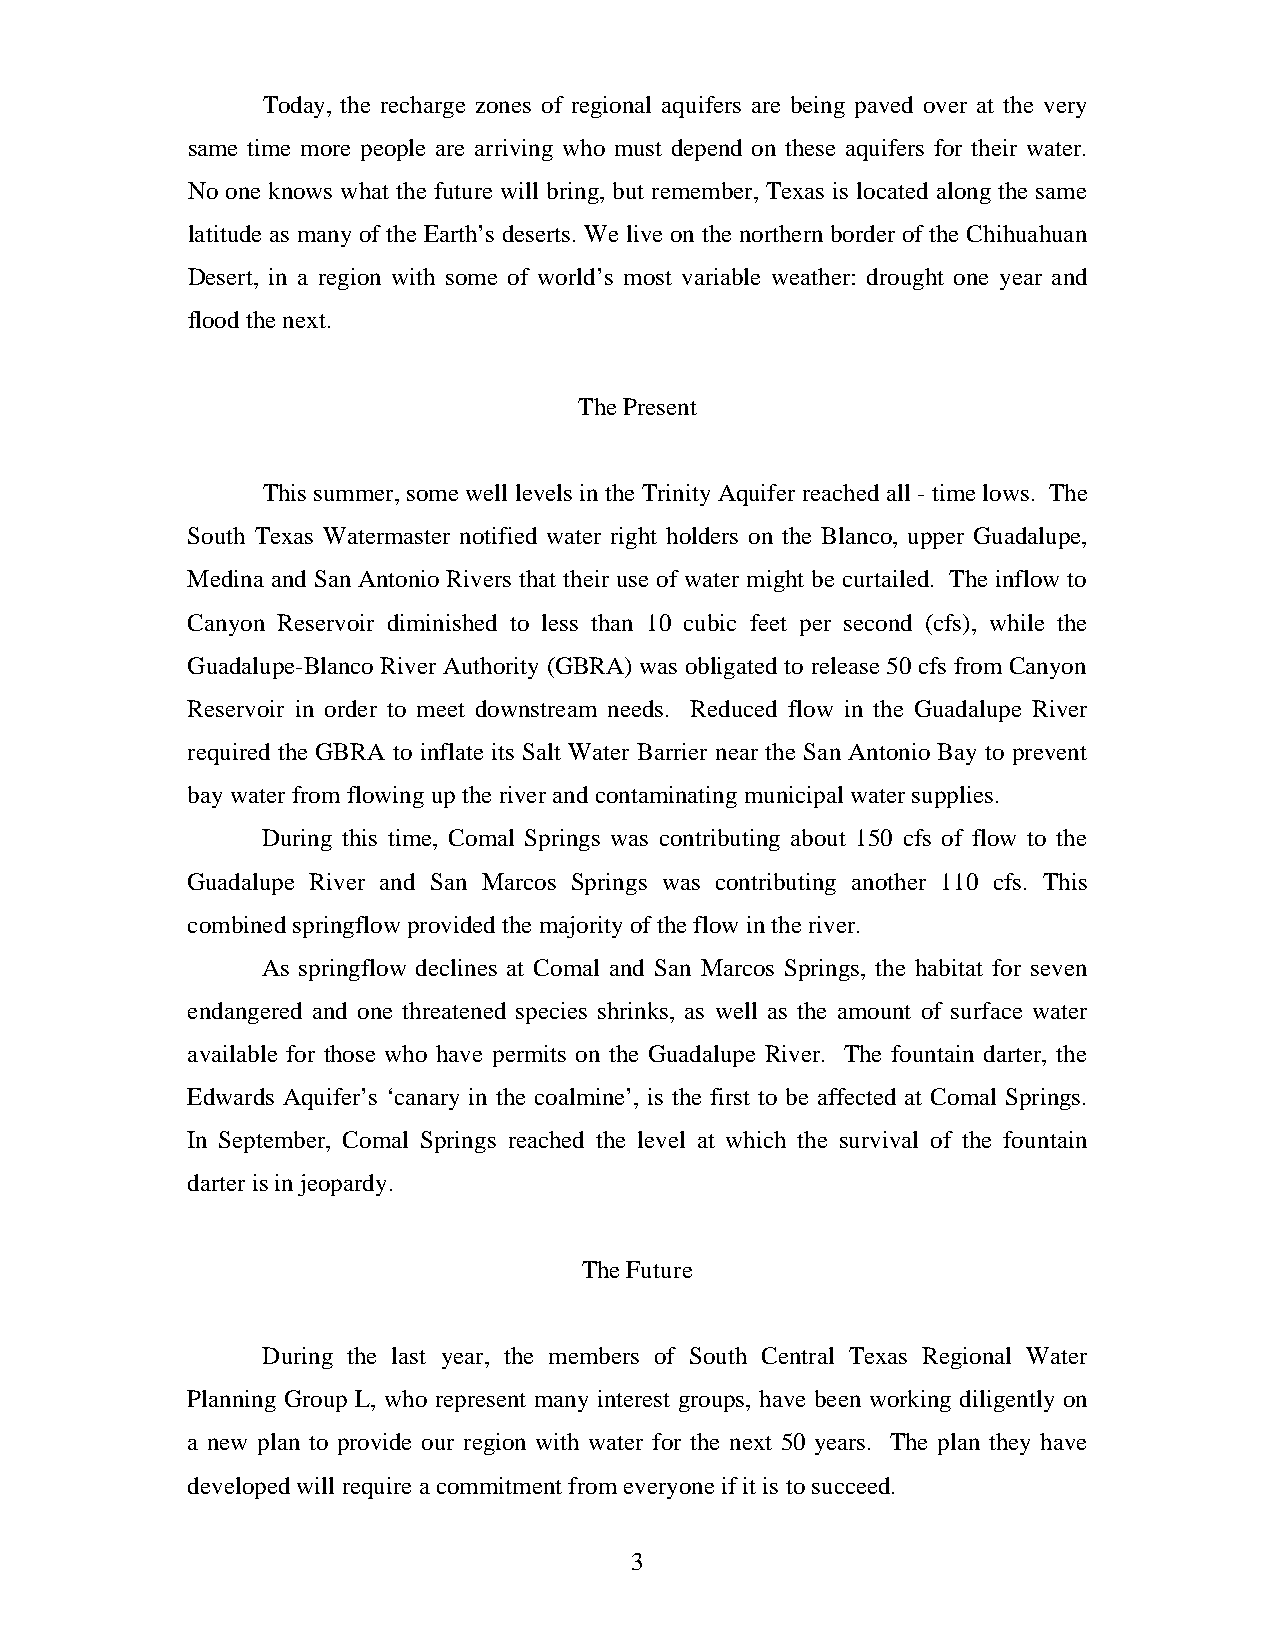
Today, the recharge zones of regional aquifers are being paved over at the very
 same time more people are arriving who must depend on these aquifers for their water.
 No one knows what the future will bring, but remember, Texas is located along the same
 latitude as many of the Earth’s deserts. We live on the northern border of the Chihuahuan
 Desert, in a region with some of world’s most variable weather: drought one year and
 flood the next.
 The Present
 This summer, some well levels in the Trinity Aquifer reached all - time lows. The
 South Texas Watermaster notified water right holders on the Blanco, upper Guadalupe,
 Medina and San Antonio Rivers that their use of water might be curtailed. The inflow to
 Canyon Reservoir diminished to less than 10 cubic feet per second (cfs), while the
 Guadalupe-Blanco River Authority (GBRA) was obligated to release 50 cfs from Canyon
 Reservoir in order to meet downstream needs. Reduced flow in the Guadalupe River
 required the GBRA to inflate its Salt Water Barrier near the San Antonio Bay to prevent
 bay water from flowing up the river and contaminating municipal water supplies.
 During this time, Comal Springs was contributing about 150 cfs of flow to the
 Guadalupe River and San Marcos Springs was contributing another 110 cfs. This
 combined springflow provided the majority of the flow in the river.
 As springflow declines at Comal and San Marcos Springs, the habitat for seven
 endangered and one threatened species shrinks, as well as the amount of surface water
 available for those who have permits on the Guadalupe River. The fountain darter, the
 Edwards Aquifer’s ‘canary in the coalmine’, is the first to be affected at Comal Springs.
 In September, Comal Springs reached the level at which the survival of the fountain
 darter is in jeopardy.
 The Future
 During the last year, the members of South Central Texas Regional Water
 Planning Group L, who represent many interest groups, have been working diligently on
 a new plan to provide our region with water for the next 50 years. The plan they have
 developed will require a commitment from everyone if it is to succeed.
 3